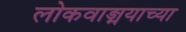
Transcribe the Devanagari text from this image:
लोकवाङ्मयाच्या